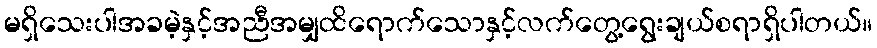
မရှိသေးပါအခမဲ့နှင့်အညီအမျှထိရောက်သောနှင့်လက်တွေ့ရွေးချယ်စရာရှိပါတယ်။